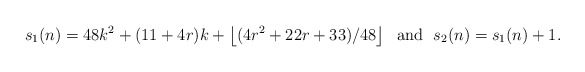
\begin{align*} s_1(n) = 48k^2+(11+4r)k+\left\lfloor (4r^2+22r+33)/48 \right\rfloor \;\mbox{ and }\; s_2(n) = s_1(n) + 1.\end{align*}